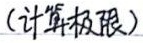
（计算极限）